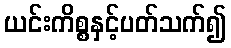
ယင်းကိစ္စနှင့်ပတ်သက်၍